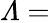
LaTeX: \varLambda=